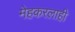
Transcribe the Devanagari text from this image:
मेहकरलाही